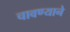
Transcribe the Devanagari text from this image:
चावण्याने